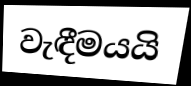
වැඳීමයයි